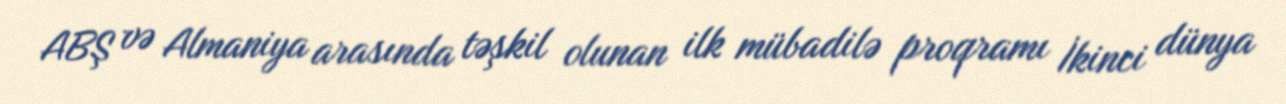
ABŞ və Almaniya arasında təşkil olunan ilk mübadilə proqramı İkinci dünya